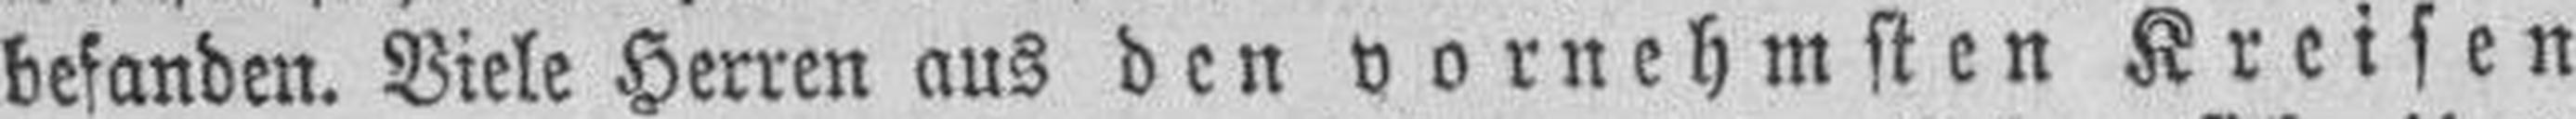
befanden. Viele Herren aus den vornehmsten Kreisen